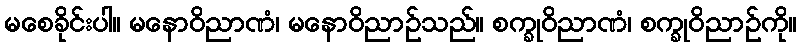
မစေခိုင်းပါ။ မနောဝိညာဏံ၊ မနောဝိညာဉ်သည်။ စက္ခုဝိညာဏံ၊ စက္ခုဝိညာဉ်ကို။